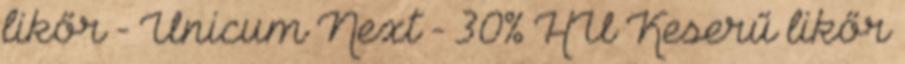
likőr - Unicum Next - 30% HU Keserű likőr